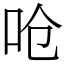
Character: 呛